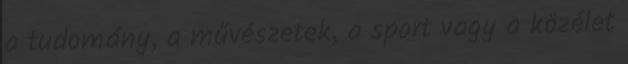
a tudomány, a művészetek, a sport vagy a közélet